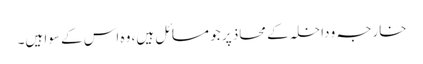
خارجہ و داخلہ کے محاذ پر جو مسائل ہیں، وہ اس کے سوا ہیں۔